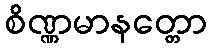
စိဏ္ဏမာနတ္တော